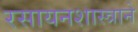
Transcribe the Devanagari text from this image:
रसायनशास्त्राने